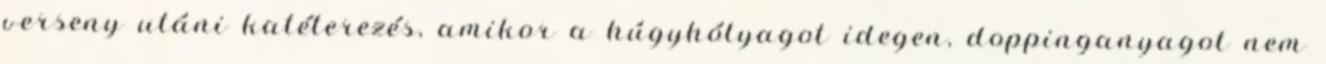
verseny utáni katéterezés, amikor a húgyhólyagot idegen, doppinganyagot nem